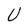
Character: U